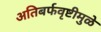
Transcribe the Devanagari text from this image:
अतिबर्फवृष्टीमुळे